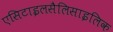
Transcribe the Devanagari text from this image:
एसिटाइलसैलिसाइलिक